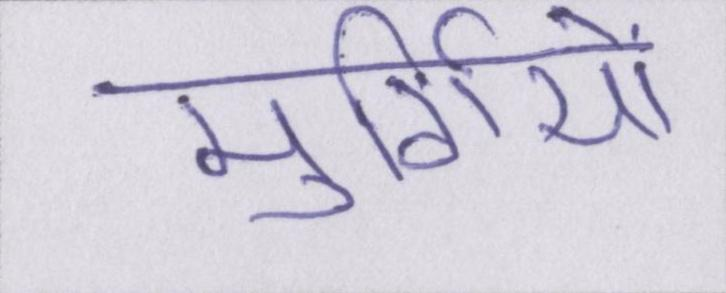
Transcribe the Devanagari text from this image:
मुर्गियों